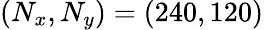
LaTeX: (N_{x},N_{y})=(240,120)